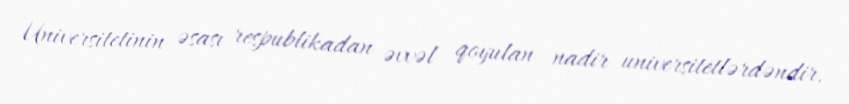
Universitetinin əsası respublikadan əvvəl qoyulan nadir universitetlərdəndir.